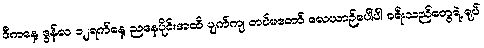
ဒီကနေ့ ဇွန်လ ၁၂ရက်နေ့ ညနေပိုင်းအထိ ပျက်ကျ တပ်မတော် လေယာဉ်ပေါ်ပါ ခရီးသည်တွေရဲ့ ရုပ်